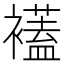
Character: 𧞔